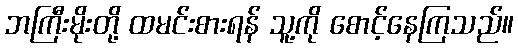
ဘကြီးမိုးတို့ ထမင်းစားရန် သူ့ကို စောင့်နေကြသည်။